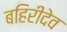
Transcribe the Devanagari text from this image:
बहिरीदेव